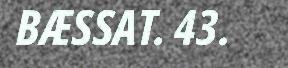
BÆSSAT. 43.